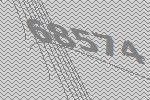
68574